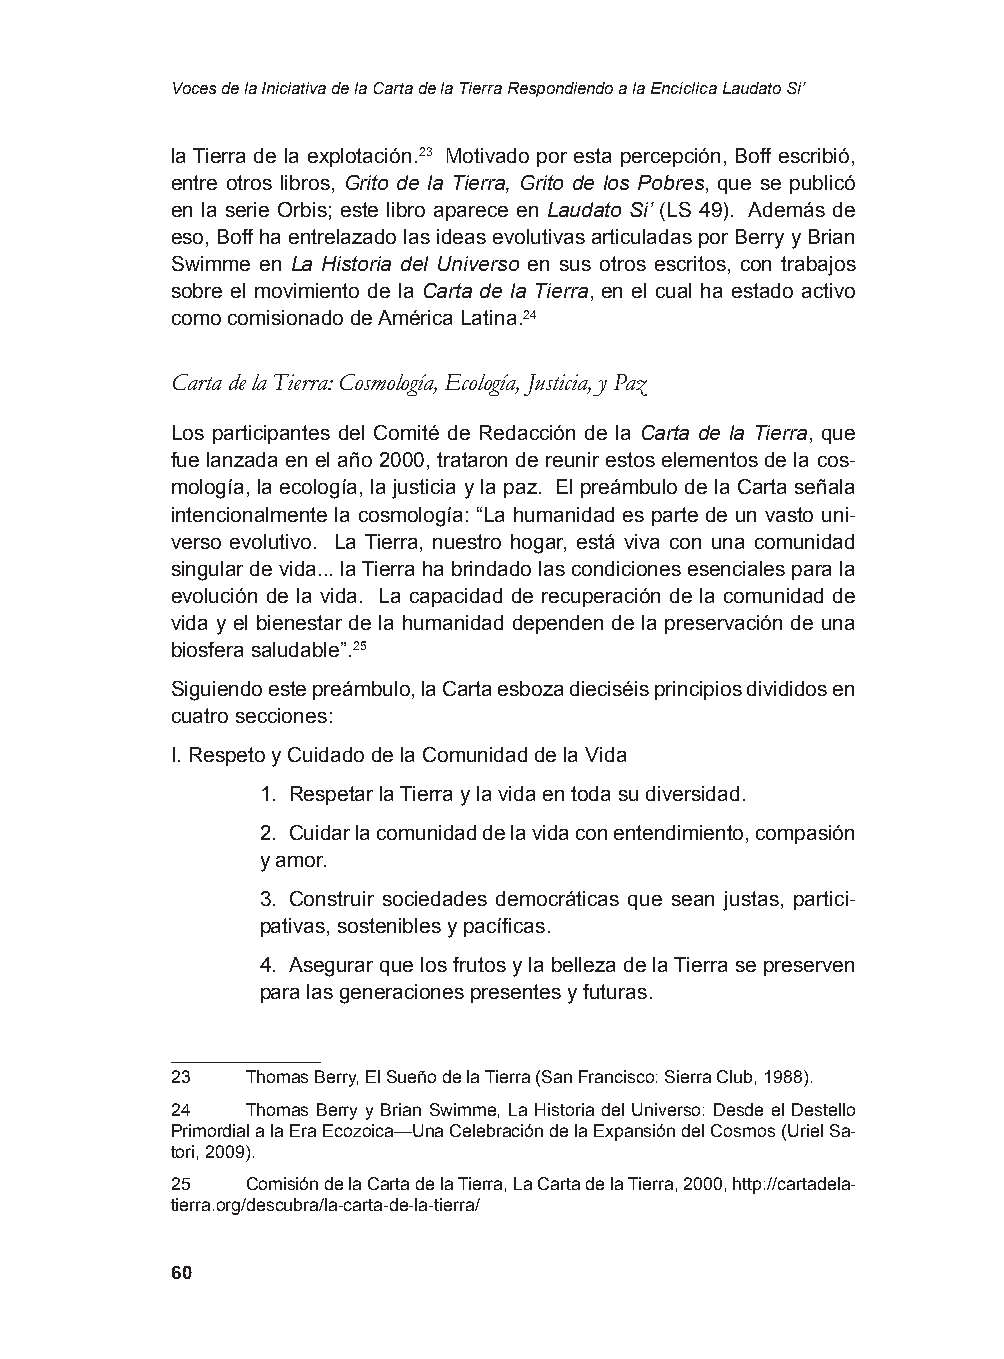
Voces de la Iniciativa de la Carta de la Tierra Respondiendo a la Encíclica Laudato Si’
 la Tierra de la explotación.23 Motivado por esta percepción, Boff escribió,
 entre otros libros, Grito de la Tierra, Grito de los Pobres, que se publicó
 en la serie Orbis; este libro aparece en Laudato Si’ (LS 49). Además de
 eso, Boff ha entrelazado las ideas evolutivas articuladas por Berry y Brian
 Swimme en La Historia del Universo en sus otros escritos, con trabajos
 sobre el movimiento de la Carta de la Tierra, en el cual ha estado activo
 como comisionado de América Latina.24
 Carta de la Tierra: Cosmología, Ecología, Justicia, y Paz
 Los participantes del Comité de Redacción de la Carta de la Tierra, que
 fue lanzada en el año 2000, trataron de reunir estos elementos de la cos-
 mología, la ecología, la justicia y la paz. El preámbulo de la Carta señala
 intencionalmente la cosmología: “La humanidad es parte de un vasto uni-
 verso evolutivo. La Tierra, nuestro hogar, está viva con una comunidad
 singular de vida... la Tierra ha brindado las condiciones esenciales para la
 evolución de la vida. La capacidad de recuperación de la comunidad de
 vida y el bienestar de la humanidad dependen de la preservación de una
 biosfera saludable”.25
 Siguiendo este preámbulo, la Carta esboza dieciséis principios divididos en
 cuatro secciones:
 I. Respeto y Cuidado de la Comunidad de la Vida
 1. Respetar la Tierra y la vida en toda su diversidad.
 2. Cuidar la comunidad de la vida con entendimiento, compasión
 y amor.
 3. Construir sociedades democráticas que sean justas, partici-
 pativas, sostenibles y pacíficas.
 4. Asegurar que los frutos y la belleza de la Tierra se preserven
 para las generaciones presentes y futuras.
 23   Thomas Berry, El Sueño de la Tierra (San Francisco: Sierra Club, 1988).
 24   Thomas Berry y Brian Swimme, La Historia del Universo: Desde el Destello
 Primordial a la Era Ecozoica—Una Celebración de la Expansión del Cosmos (Uriel Sa-
 tori, 2009).
 25   Comisión de la Carta de la Tierra, La Carta de la Tierra, 2000, http://cartadela-
 tierra.org/descubra/la-carta-de-la-tierra/
 60